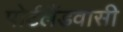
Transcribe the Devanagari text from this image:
पोर्टलैंडवासी